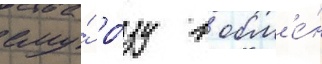
ему́ ро́зу в обм'е́н